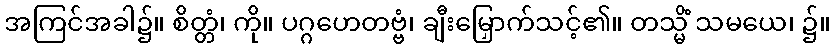
အကြင်အခါ၌။ စိတ္တံ၊ ကို။ ပဂ္ဂဟေတဗ္ဗံ၊ ချီးမြှောက်သင့်၏။ တသ္မိံ သမယေ၊ ၌။